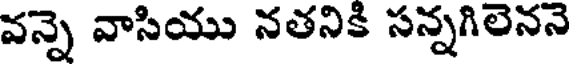
వన్నె వాసియు నతనికి సన్నగిలెననె